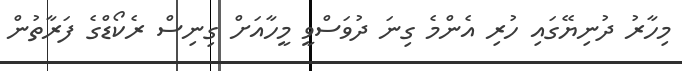
މިހާރު ދުނިޔޭގައި ހުރި އެންމެ ގިނަ ދުވަސްވީ މީހާއަށް ގިނިސް ރެކޯޑްގެ ފަރާތުން